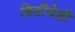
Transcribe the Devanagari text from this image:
बिडीचेही